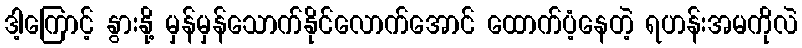
ဒါ့ကြောင့် နွားနို့ မှန်မှန်သောက်နိုင်လောက်အောင် ထောက်ပံ့နေတဲ့ ရဟန်းအမကိုလဲ